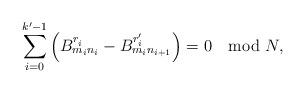
LaTeX: \begin{align*}\sum_{i=0}^{k^{\prime}-1} \left( B^{r^{}_i}_{m_{i}n_{i}} - B^{r^{\prime}_i}_{m_{i}n_{i+1}} \right) = 0 \mod N , \end{align*}